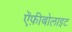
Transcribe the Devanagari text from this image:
ऐंफ़ीबोलाइट